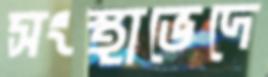
সংস্থাভেদে